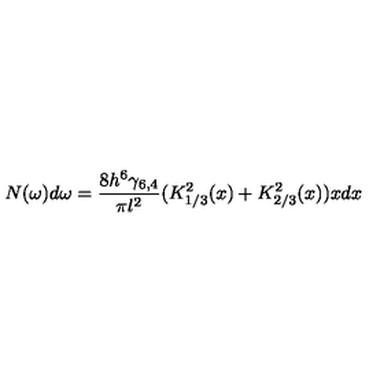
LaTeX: N ( \omega ) d \omega = \frac { 8 h ^ { 6 } \gamma _ { 6 , 4 } } { \pi l ^ { 2 } } ( K _ { 1 / 3 } ^ { 2 } ( x ) + K _ { 2 / 3 } ^ { 2 } ( x ) ) x d x